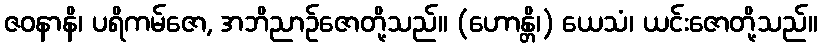
ဇဝနာနိ၊ ပရိကမ်ဇော, အဘိညာဉ်ဇောတို့သည်။ (ဟောန္တိ၊) ယေသံ၊ ယင်းဇောတို့သည်။